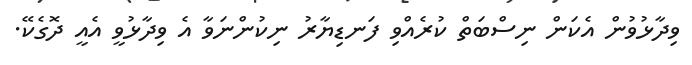
ވިދާޅުވުން އެކަން ނިސްބަތް ކުރެއްވި ފަނޑިޔާރު ނިކުންނަވާ އެ ވިދާޅުވީ އެއީ ދޮގެކޭ.